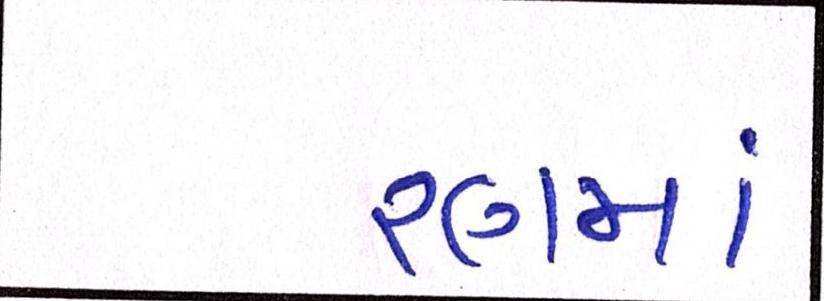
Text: રણમાં